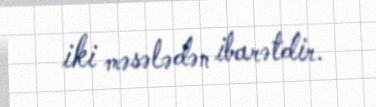
iki məsələdən ibarətdir.